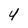
Character: y